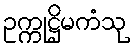
ဥက္ကုဋ္ဌိမကံသု